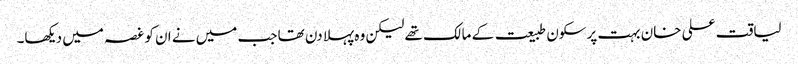
لیاقت علی خان بہت پرسکون طبیعت کے مالک تھے لیکن وہ پہلا دن تھا جب میں نے ان کو غصہ میں دیکھا۔